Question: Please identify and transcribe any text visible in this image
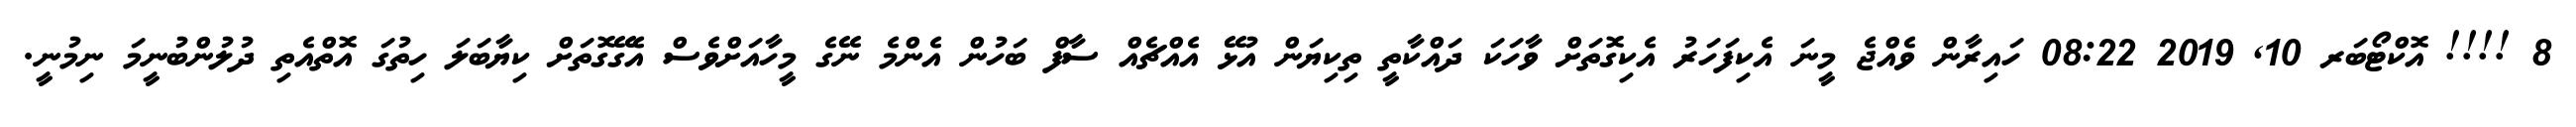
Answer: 8 !!!! އޮކްޓޯބަރ 10, 2019 08:22 ހައިރާން ވެއްޖެ މީނަ އެކިފަހަރު އެކިގޮތަށް ވާހަކަ ދައްކާތީ ތިކިޔަން އުޅޭ އެއްޗެއް ސާފް ބަހުން އެންމެ ނޭގެ މީހާއަށްވެސް އެގޭގޮތަށް ކިޔާބަލަ ހިތުގަ އޮތްއެތި ދުލުންބުނީމަ ނިމުނީ.